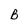
Character: B